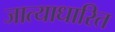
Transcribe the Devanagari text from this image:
जात्याधारित